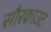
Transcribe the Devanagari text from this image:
सौरक्राउट